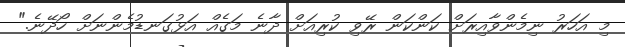
މި އަހަރު ނިމެންވާއިރަށް ކަންކަން ރޭވި ކުރިއަށް ދާނެ މަގެއް އަޅުގަނޑުމެންނަށް ހޯދޭނެ."